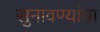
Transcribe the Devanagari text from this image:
सुनावण्यांचा